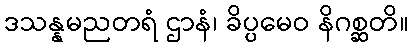
ဒသန္နမညတရံ ဌာနံ၊ ခိပ္ပမေဝ နိဂစ္ဆတိ။